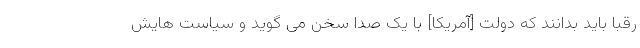
رقبا باید بدانند که دولت [آمریکا] با یک صدا سخن می گوید و سیاست هایش